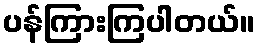
ပန်ကြားကြပါတယ်။